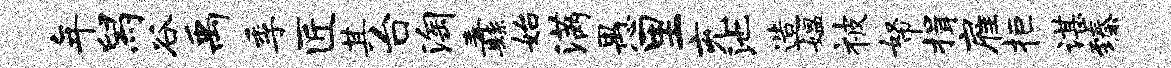
年舄谷禹季匠其台淘纛始满愚里充池造媪被帑揖雇拒谌臻